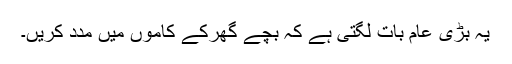
یہ بڑی عام بات لگتی ہے کہ بچے گھرکے کاموں میں مدد کریں۔